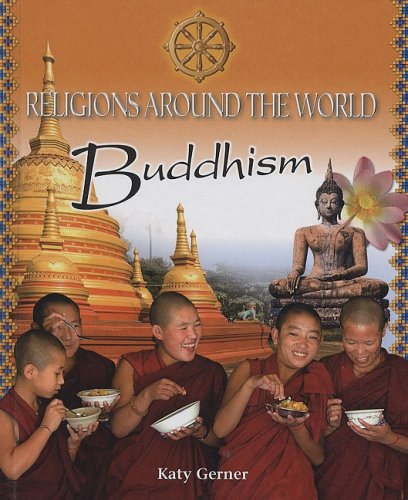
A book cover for Buddhism (Religions Around the World); Katy Gerner; Children's Books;